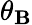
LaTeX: \theta_{\mathbf{B}}